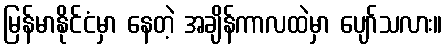
မြန်မာနိုင်ငံမှာ နေတဲ့ အချိန်ကာလထဲမှာ ပျော်သလား။